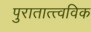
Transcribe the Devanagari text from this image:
पुरातात्त्वविक